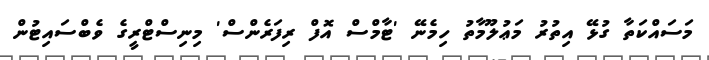
މަސައްކަތާ ގުޅޭ އިތުރު މަޢުލޫމާތު ހިމެނޭ 'ޓާމްސް އޮފް ރިފަރެންސް' މިނިސްޓްރީގެ ވެބްސައިޓުން